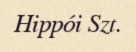
Hippói Szt.